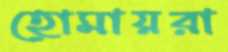
হোমায়রা